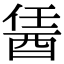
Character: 䣸